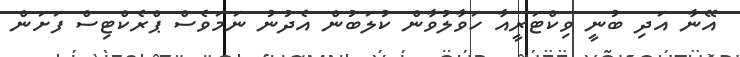
އޭނާ އަދި ބުނީ ވިކްޓަރީއާ ހަވާލުވާން ކުލަބުން އެދުނު ނަމަވެސް ޕްރެކްޓިސް ފަށަން